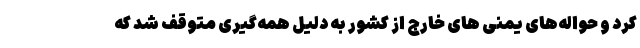
کرد و حواله‌های یمنی های خارج از کشور به دلیل همه‌گیری متوقف شد که